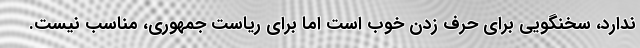
ندارد، سخنگویی برای حرف زدن خوب است اما برای ریاست جمهوری، مناسب نیست.